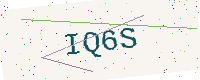
Text: IQ6S